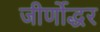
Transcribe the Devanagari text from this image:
जीर्णोद्धर